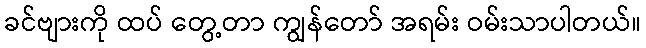
ခင်ဗျားကို ထပ် တွေ့တာ ကျွန်တော် အရမ်း ဝမ်းသာပါတယ်။